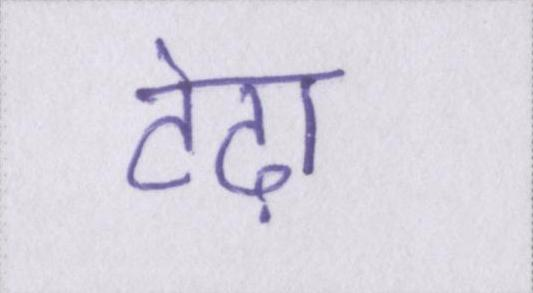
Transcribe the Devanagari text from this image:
टेढ़ा